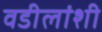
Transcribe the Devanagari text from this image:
वडीलांशी